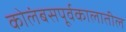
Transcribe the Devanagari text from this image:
कोलंबसपूर्वकालातील